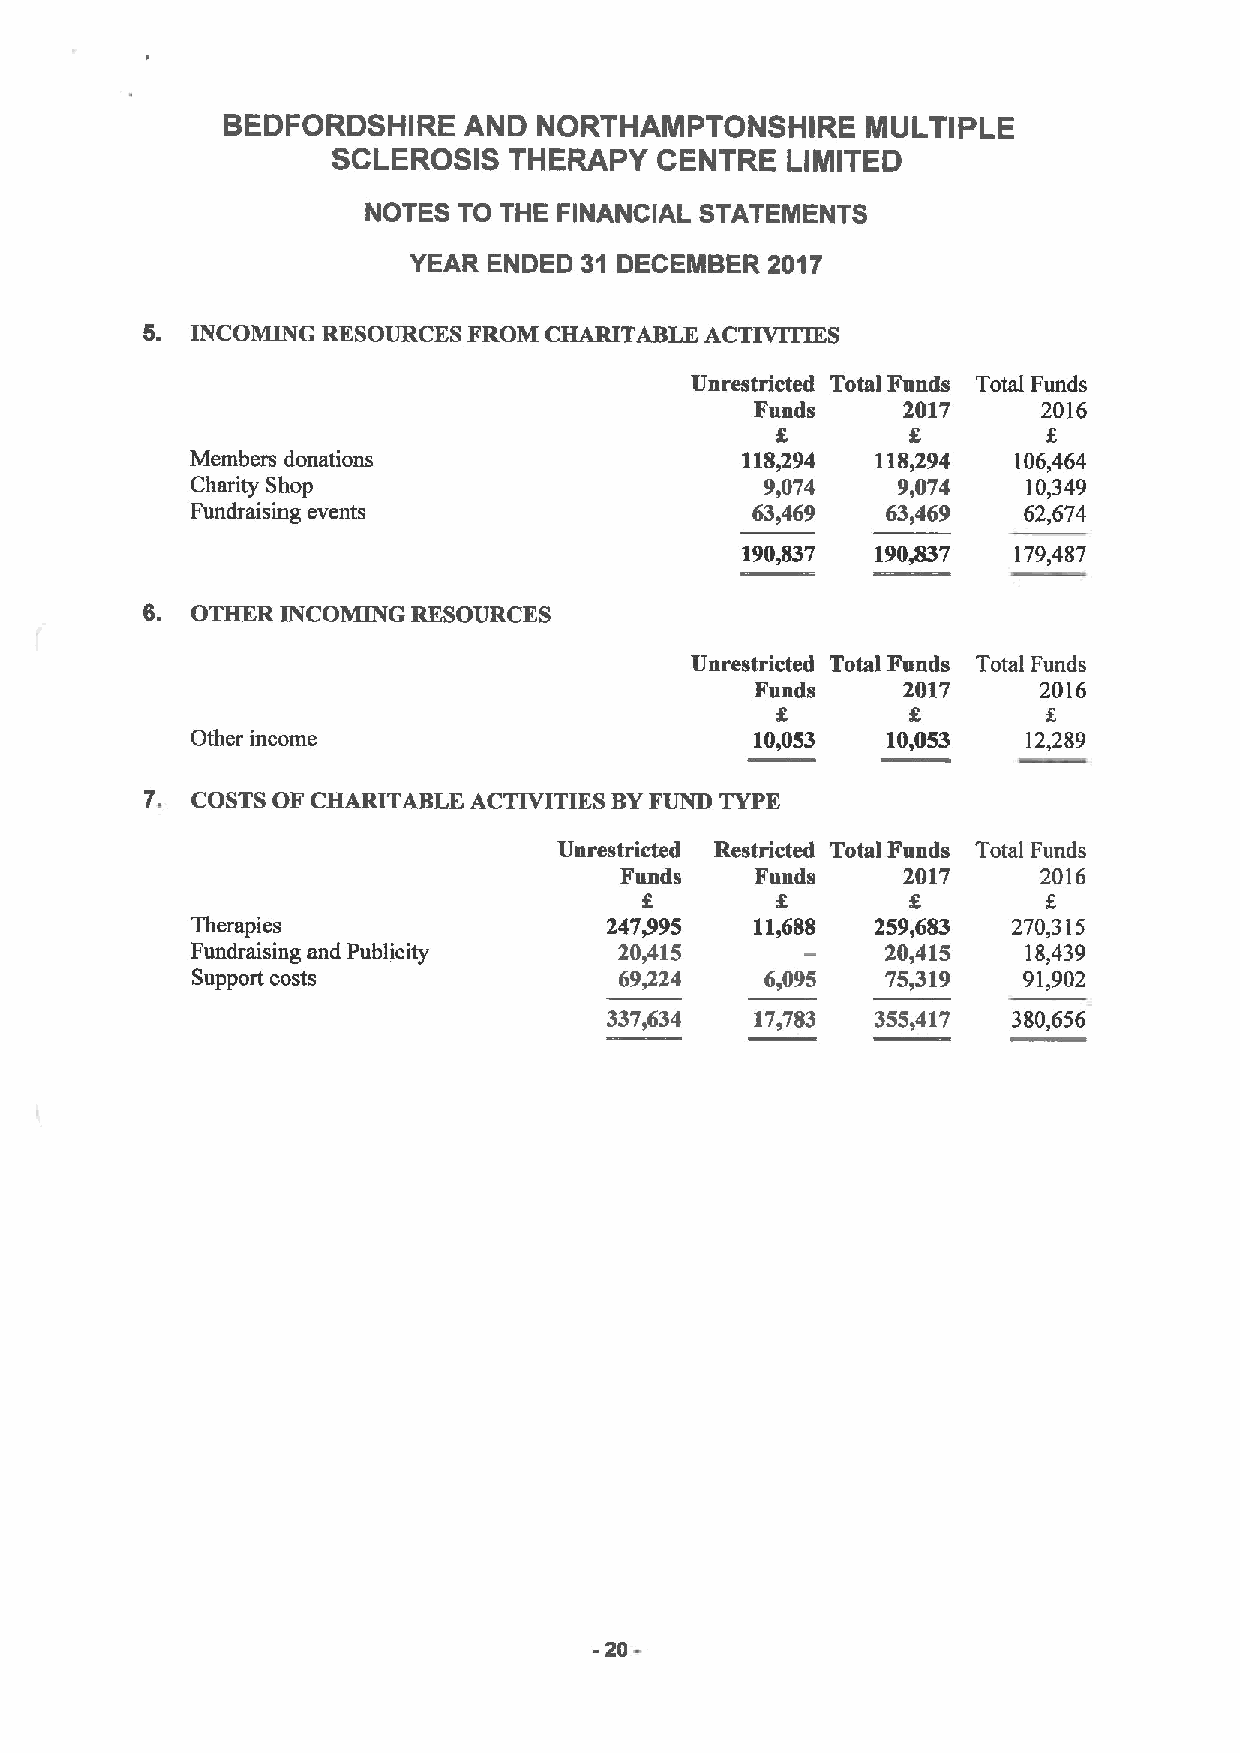
BEDFORDSHIRE    AND  NORTHAMPTONSHIRE     MULTIPLE
 SCLEROSIS   THERAPY  CENTRE   LIMITED
 NOTES TO THE FINANCIAL STATEMENTS
 YEAR ENDED 31 DECEMBER  2017
 6.  INCOMING RESOURCES FROM CHAIIABLE ACTIVITIES
 Unrestricted Total Funds Total Funds
 Funds     2017     2016
 8
 Members donations                   118894   118,294  106,464
 Charity Shop                          9,074   9,074    10,349
 Fundraisiug events                   63,469   63,469   62,674
 190,837  190,837  179,487
 6.  OTHER INCOMING RESOURCES
 Unrestricted Total Funds Total Funds
 Funds     2017     2016
 Other income                         10,053   10,053   12,289
 7. COSTS OF CHARITABLE ACTIVITIES BYFUND TYPE
 Unrestricted Restricted Total Funds Total Funds
 Funds    Funds     2017     2016
 Therapies                  247,995   11,688  259,683  270,315
 Fundraising and Publicity   20,415            20,415   18,439
 Support costs               69424     6,095   75,319   91,902
 337,634   17,783  355,417  380,656
 20-